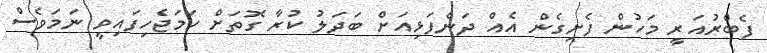
ފެބްރުއަރީ މަހުން ފެށިގެން އެއް ދަންފަޅިއަށް ބަދަލު ކުރާ ގޮތަށް ހަމަޖެހިފައިވީ ނަމަވެސް